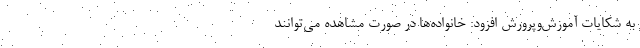
به شکایات آموزش‌وپرورش افزود: خانواده‌ها در صورت مشاهده می‌توانند